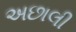
અછાલી